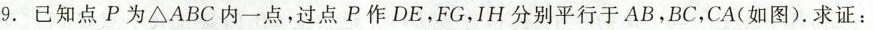
9.已知点P为\triangle {ABC}内一点，过点P作DE，FG，IH分别平行于AB，BC，CA(如图)。求证：